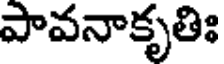
పావనాకృతిః